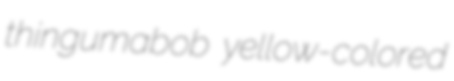
thingumabob yellow-colored